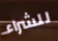
للشراء